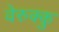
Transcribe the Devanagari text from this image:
वेरुक्कु